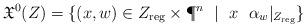
LaTeX: \begin{align*}\mathfrak X^0(Z)=\{ (x,w)\in Z_\mathrm{reg}\times \P^{n}\ \mid \ x\,\, \,\,\alpha_w|_{Z_\mathrm{reg}} \}\end{align*}